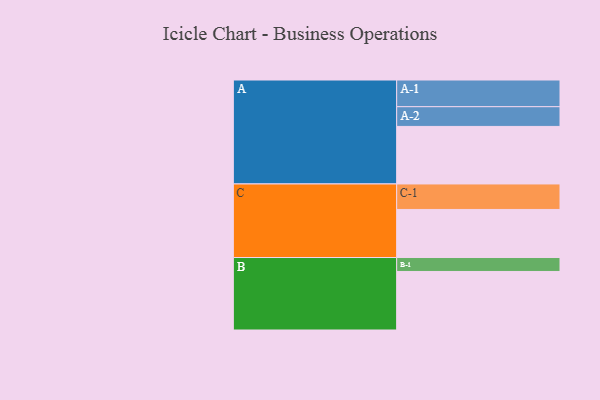
{"axis": {"x": "Segment", "y": "Value"}, "legend": ["", "A", "B", "C"], "data": [{"x": "A", "y": 528, "type": ""}, {"x": "B", "y": 537, "type": ""}, {"x": "C", "y": 441, "type": ""}, {"x": "A-1", "y": 245, "type": "A"}, {"x": "A-2", "y": 181, "type": "A"}, {"x": "B-1", "y": 128, "type": "B"}, {"x": "C-1", "y": 234, "type": "C"}]}